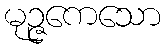
မုဉ္ဇကေသော